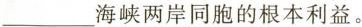
___海峡两岸同胞的根本利益。